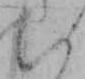
い